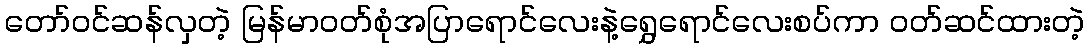
တော်ဝင်ဆန်လှတဲ့ မြန်မာဝတ်စုံအပြာရောင်လေးနဲ့ရွှေရောင်လေးစပ်ကာ ဝတ်ဆင်ထားတဲ့